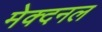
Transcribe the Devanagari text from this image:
मेक्दनल